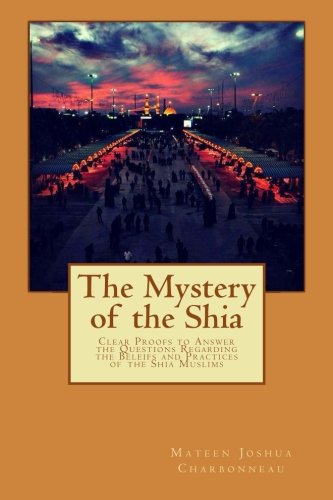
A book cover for The Mystery of the Shia; Mateen J. Charbonneau; Religion & Spirituality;